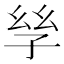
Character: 𡥝